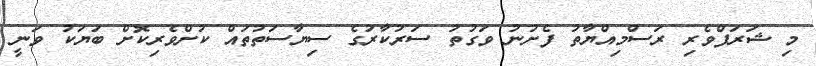
މި ޝަރަފްވެރި ރަސްމިއްޔާތު ފެށުނު ވަގުތު ސަރުކާރުގެ ސިޔާސަތުތައް ކުށްވެރިކޮށް ބަޔަކު ވަނީ